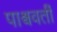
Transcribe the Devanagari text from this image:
पाश्ववर्ती